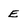
Character: E